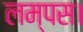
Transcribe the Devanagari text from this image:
लम्पस।